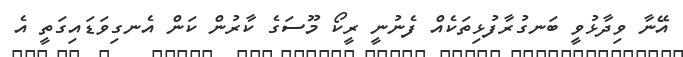
އޭނާ ވިދާޅުވީ ބަނގުރާފުޅިތަކެއް ފެނުނީ ރީކޯ މޫސަގެ ކާރުން ކަން އެނގިވަޑައިގަތީ އެ